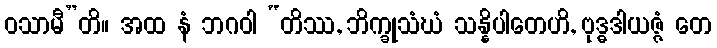
ဝသာမီ”တိ။ အထ နံ ဘဂဝါ “တိဿ, ဘိက္ခုသံဃံ သန္နိပါတေဟိ, ဗုဒ္ဓဒါယဇ္ဇံ တေ